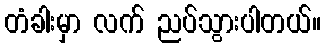
တံခါးမှာ လက် ညပ်သွားပါတယ်။